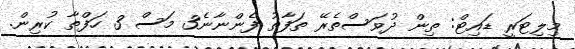
މިލިޓަރީ ޑައިޓް: ތިން ދުވަސްތެރޭ ތަފާތު ފެންނާނެ3 މަސް 3 ހަފްތާ ކުރިން.